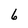
Character: 6